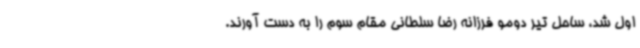
اول شد، ساحل تیر دومو فرزانه رضا سلطانی مقام سوم را به دست آورند.